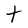
Character: t